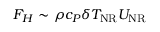
F _ { H } \sim \rho c _ { P } \delta T _ { \mathrm { N R } } U _ { \mathrm { N R } }